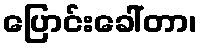
ပြောင်းခေါ်တာ၊